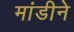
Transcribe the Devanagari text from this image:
मांडीने